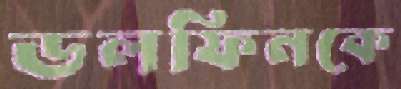
ডলফিনকে